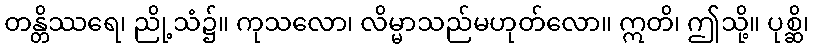
တန္တိဿရေ၊ ညို့သံ၌။ ကုသလော၊ လိမ္မာသည်မဟုတ်လော။ ဣတိ၊ ဤသို့။ ပုစ္ဆိ၊